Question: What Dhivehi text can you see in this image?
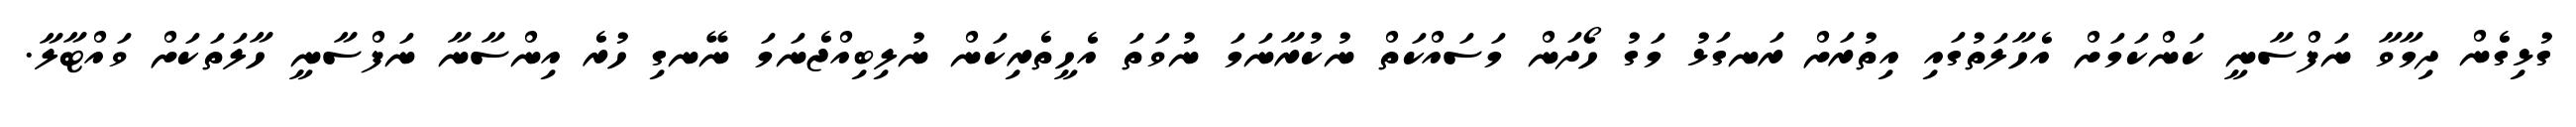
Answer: ގުޅިގެން ދިމާވާ ނަފްސާނީ ކަންކަމަށް އެހާލަތުގައި އިތުރަށް ރަނގަޅު މަގު ހޯދަން މަސައްކަތް ނުކުރާނަމަ ނުވަތަ އެހީތެރިކަން ނުލިބިއްޖެނަމަ ނޭނގި ހުރެ އިންސާނާ ނަފްސާނީ ހާލަތަކަށް ވައްޓާލާ.